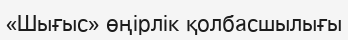
«Шығыс» өңірлік қолбасшылығы